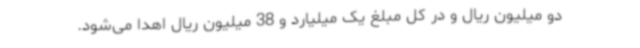
دو میلیون ریال و در کل مبلغ یک میلیارد و 38 میلیون ریال اهدا می‌شود.